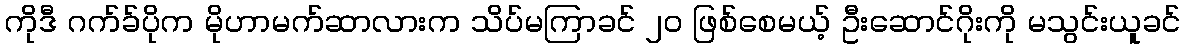
ကိုဒီ ဂက်ခ်ပိုက မိုဟာမက်ဆာလားက သိပ်မကြာခင် ၂၀ ဖြစ်စေမယ့် ဦးဆောင်ဂိုးကို မသွင်းယူခင်